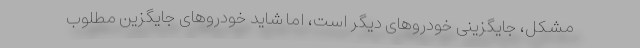
مشکل، جایگزینی خودروهای دیگر است، اما شاید خودروهای جایگزین مطلوب